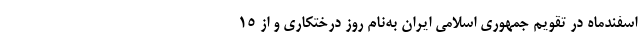
اسفندماه در تقویم جمهوری اسلامی ایران به‌نام روز درختکاری و از ۱۵